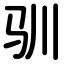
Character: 驯